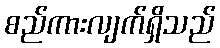
စည်ကားလျက်ရှိသည်